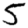
Digit: 5